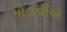
મૌલવીએ